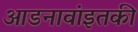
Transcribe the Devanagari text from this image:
आडनावांइतकी